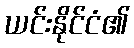
ယင်းနိုင်ငံ၏